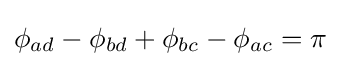
\phi _{ad}-\phi _{bd}+\phi _{bc}-\phi _{ac}=\pi